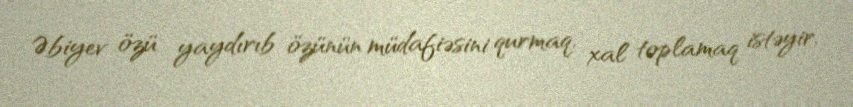
Əbiyev özü yaydırıb özünün müdafiəsini qurmaq, xal toplamaq istəyir.